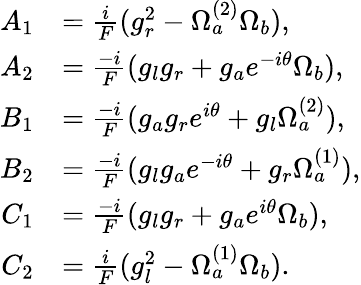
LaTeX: \begin{array}{rl}{A_{1}}&{=\frac{i}{F}(g_{r}^{2}-\Omega_{a}^{(2)}\Omega_{b}),}\\ {A_{2}}&{=\frac{-i}{F}(g_{l}g_{r}+g_{a}e^{-i\theta}\Omega_{b}),}\\ {B_{1}}&{=\frac{-i}{F}(g_{a}g_{r}e^{i\theta}+g_{l}\Omega_{a}^{(2)}),}\\ {B_{2}}&{=\frac{-i}{F}(g_{l}g_{a}e^{-i\theta}+g_{r}\Omega_{a}^{(1)}),}\\ {C_{1}}&{=\frac{-i}{F}(g_{l}g_{r}+g_{a}e^{i\theta}\Omega_{b}),}\\ {C_{2}}&{=\frac{i}{F}(g_{l}^{2}-\Omega_{a}^{(1)}\Omega_{b}).}\end{array}